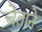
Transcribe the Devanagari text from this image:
चेताने